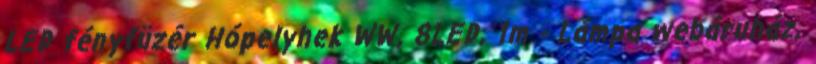
LED fényfüzér Hópelyhek WW, 8LED, 1m - Lámpa webáruház,